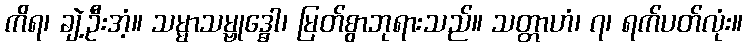
ကိရ၊ ချဲ့ဦးအံ့။ သမ္မာသမ္ဗုဒ္ဓေါ၊ မြတ်စွာဘုရားသည်။ သတ္တာဟံ၊ ၇၊ ရက်ပတ်လုံး။